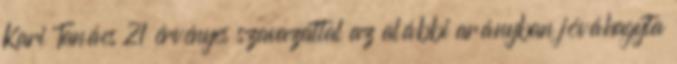
Kari Tanács 21 érvényes szavazattal az alábbi arányban jóváhagyta